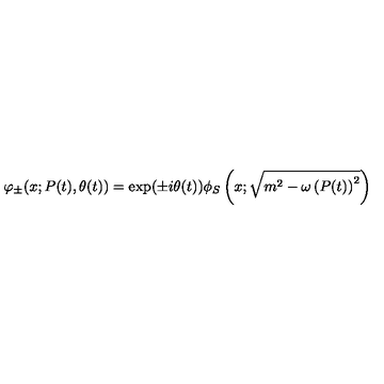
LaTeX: \varphi _ { \pm } ( x ; P ( t ) , \theta ( t ) ) = \exp ( \pm i \theta ( t ) ) \phi _ { S } \left( x ; \sqrt { m ^ { 2 } - \omega \left( P ( t ) \right) ^ { 2 } } \right)